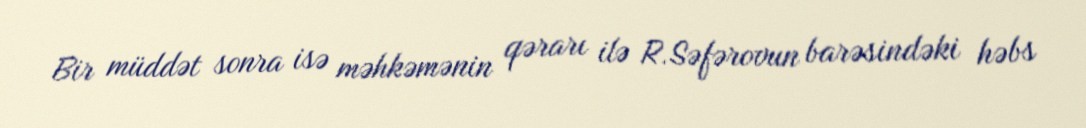
Bir müddət sonra isə məhkəmənin qərarı ilə R.Səfərovun barəsindəki həbs